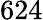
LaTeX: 624